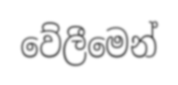
වේලීමෙන්